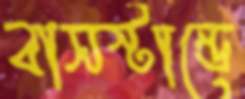
বাসস্টান্ডে